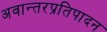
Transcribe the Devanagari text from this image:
अवान्तरप्रतिपादन